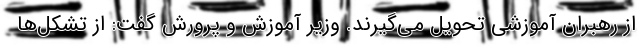
از رهبران آموزشی تحویل می‌گیرند. وزیر آموزش و پرورش گفت: از تشکل‌ها